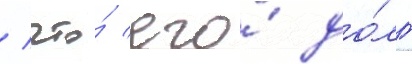
/ что́ его́ до́лг